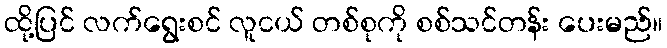
ထို့ပြင် လက်ရွေးစင် လူငယ် တစ်စုကို စစ်သင်တန်း ပေးမည်။